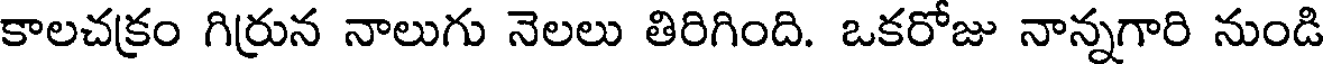
కాలచక్రం గిర్రున నాలుగు నెలలు తిరిగింది. ఒకరోజు నాన్నగారి నుండి